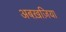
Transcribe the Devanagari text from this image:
अबख़ज़िया